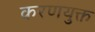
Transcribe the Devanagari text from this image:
करणयुक्त